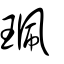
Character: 珮